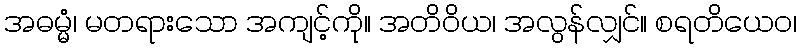
အဓမ္မံ၊ မတရားသော အကျင့်ကို။ အတိဝိယ၊ အလွန်လျှင်။ စရတိယေဝ၊